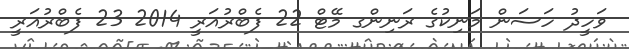
ވަހީދު ހަސަން މަނިކުގެ ރަނިންގ މޭޓް 22 ފެބްރުއަރީ 2014 23 ފެބްރުއަރީ